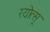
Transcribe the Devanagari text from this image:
रयोत्सू